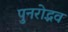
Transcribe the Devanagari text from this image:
पुनरोद्भव